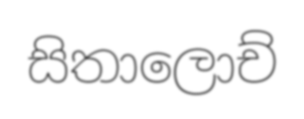
සිතාලොච්